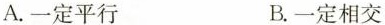
A.一定平行 B.一定相交